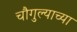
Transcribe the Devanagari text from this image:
चौगुल्याच्या